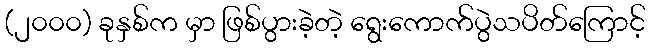
(၂၀၀၀) ခုနှစ်က မှာ ဖြစ်ပွားခဲ့တဲ့ ရွေးကောက်ပွဲသပိတ်ကြောင့်